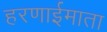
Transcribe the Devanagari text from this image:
हरणाईमाता